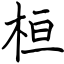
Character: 桓